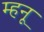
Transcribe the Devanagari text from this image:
म्हनू